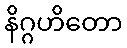
နိဂ္ဂဟိတော